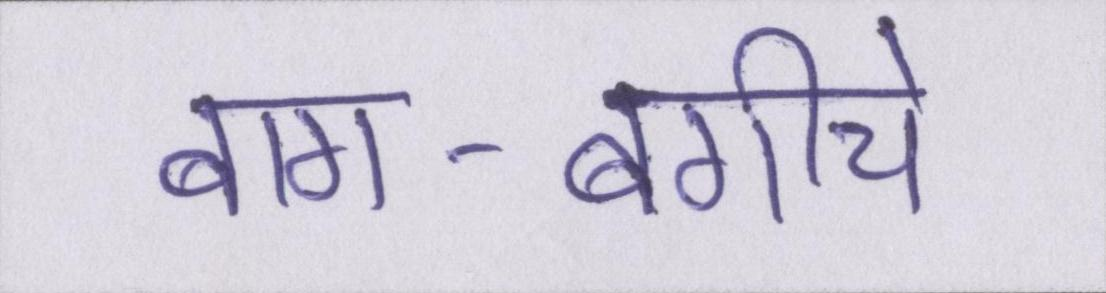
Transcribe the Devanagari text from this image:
बाग-बगीचे